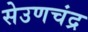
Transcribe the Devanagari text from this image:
सेउणचंद्र